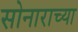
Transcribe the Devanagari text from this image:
सोनाराच्या